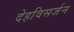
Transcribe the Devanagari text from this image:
देहविसर्जन